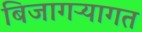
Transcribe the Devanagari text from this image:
बिजागऱ्यागत